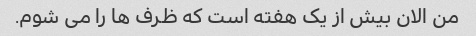
من الان بیش از یک هفته است که ظرف ها را می شوم.